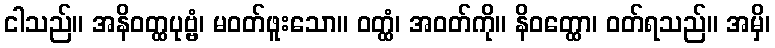
ငါသည်။ အနိဝတ္ထပုဗ္ဗံ၊ မဝတ်ဖူးသော။ ဝတ္ထံ၊ အဝတ်ကို။ နိဝတ္ထော၊ ဝတ်ရသည်။ အမှိ၊